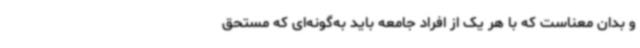
و بدان معناست که با هر یک از افراد جامعه باید به‌گونه‌ای که مستحق